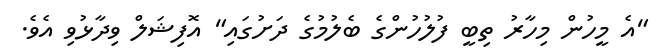
"އެ މީހުން މިހާރު ތިބީ ފުލުހުންގެ ބެލުމުގެ ދަށުގައި" އޮފިޝަލް ވިދާޅުވި އެވެ.